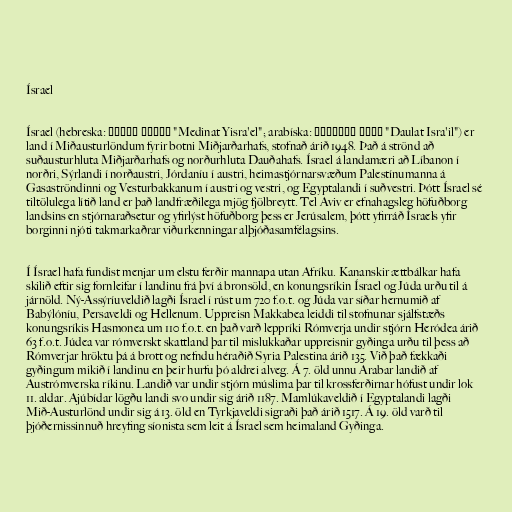
Ísrael

Ísrael (hebreska: מדינת ישראל "Medinat Yisra'el"; arabíska: دولة اسرائيل "Daulat Isra'il") er
land í Miðausturlöndum fyrir botni Miðjarðarhafs, stofnað árið 1948. Það á strönd að
suðausturhluta Miðjarðarhafs og norðurhluta Dauðahafs. Ísrael á landamæri að Líbanon í
norðri, Sýrlandi í norðaustri, Jórdaníu í austri, heimastjórnarsvæðum Palestínumanna á
Gasaströndinni og Vesturbakkanum í austri og vestri, og Egyptalandi í suðvestri. Þótt Ísrael sé
tiltölulega lítið land er það landfræðilega mjög fjölbreytt. Tel Aviv er efnahagsleg höfuðborg
landsins en stjórnaraðsetur og yfirlýst höfuðborg þess er Jerúsalem, þótt yfirráð Ísraels yfir
borginni njóti takmarkaðrar viðurkenningar alþjóðasamfélagsins.

Í Ísrael hafa fundist menjar um elstu ferðir mannapa utan Afríku. Kananskir ættbálkar hafa
skilið eftir sig fornleifar í landinu frá því á bronsöld, en konungsríkin Ísrael og Júda urðu til á
járnöld. Ný-Assýríuveldið lagði Ísrael í rúst um 720 f.o.t. og Júda var síðar hernumið af
Babýlóníu, Persaveldi og Hellenum. Uppreisn Makkabea leiddi til stofnunar sjálfstæðs
konungsríkis Hasmonea um 110 f.o.t. en það varð leppríki Rómverja undir stjórn Heródea árið
63 f.o.t. Júdea var rómverskt skattland þar til mislukkaðar uppreisnir gyðinga urðu til þess að
Rómverjar hröktu þá á brott og nefndu héraðið Syria Palestina árið 135. Við það fækkaði
gyðingum mikið í landinu en þeir hurfu þó aldrei alveg. Á 7. öld unnu Arabar landið af
Austrómverska ríkinu. Landið var undir stjórn múslima þar til krossferðirnar hófust undir lok
11. aldar. Ajúbídar lögðu landi svo undir sig árið 1187. Mamlúkaveldið í Egyptalandi lagði
Mið-Austurlönd undir sig á 13. öld en Tyrkjaveldi sigraði það árið 1517. Á 19. öld varð til
þjóðernissinnuð hreyfing síonista sem leit á Ísrael sem heimaland Gyðinga.